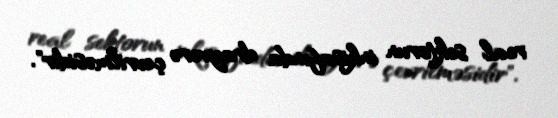
real sektorun inkişafında drayverə çevrilməsidir".